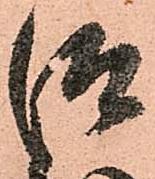
仰